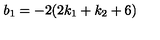
b _ { 1 } = - 2 ( 2 k _ { 1 } + k _ { 2 } + 6 )